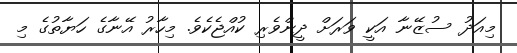
މިއަދު ސުޒޭނާ އަކީ ވަރަށް ދީންވެރި ކުއްޖެކެވެ. މިހާރު އޭނާގެ ހަޔާތުގެ މި